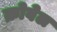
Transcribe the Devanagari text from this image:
क्रोवेल